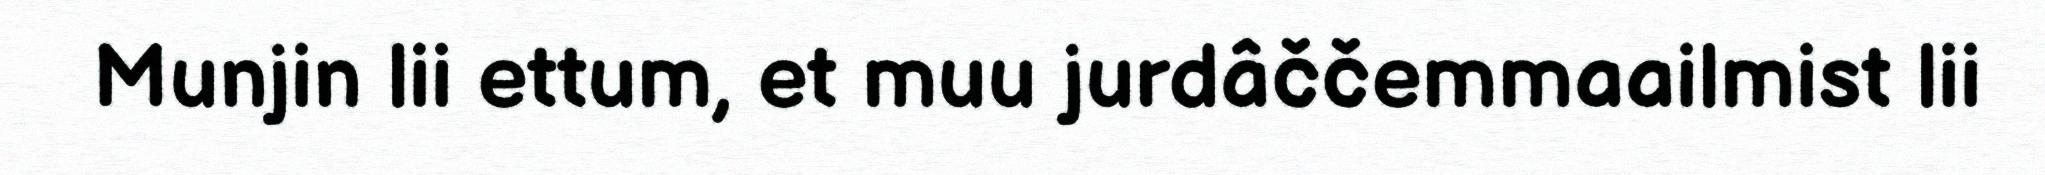
Munjin lii ettum, et muu jurdâččemmaailmist lii